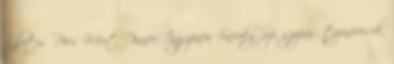
Ízletes Pöcs Mert Dinner, Ingyenes Sneaky Sze. szopás, tizenévesek,